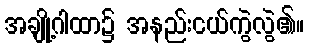
အချို့ဂါထာ၌ အနည်းငယ်ကွဲလွဲ၏။